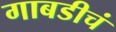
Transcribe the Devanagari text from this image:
गाबडीचं